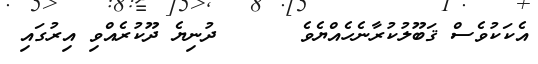
އެކަކުވެސް ޤަބޫލުކުރާނެހެއްޔެވެ      ދުނިޔެ ދޫކުރެއްވި އިރުގައި